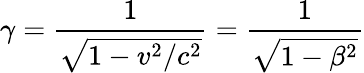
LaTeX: \gamma={\frac{1}{\sqrt{1-v^{2}/c^{2}}}}={\frac{1}{\sqrt{1-\beta^{2}}}}